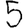
Digit: 5